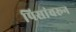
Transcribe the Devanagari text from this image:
पिसांवरून